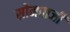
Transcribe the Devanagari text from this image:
सोमवाजी